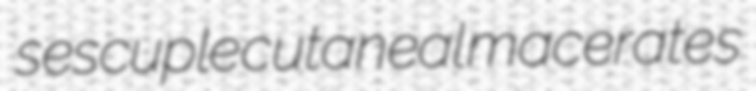
sescuple cutaneal macerates